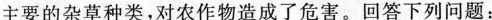
主要的杂草种类，对农作物造成了危害。回答下列问题：